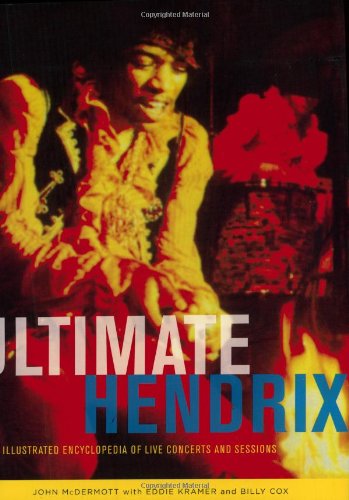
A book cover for Ultimate Hendrix: An Illustrated Encyclopedia of Live Concerts and Sessions; John McDermott; Humor & Entertainment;